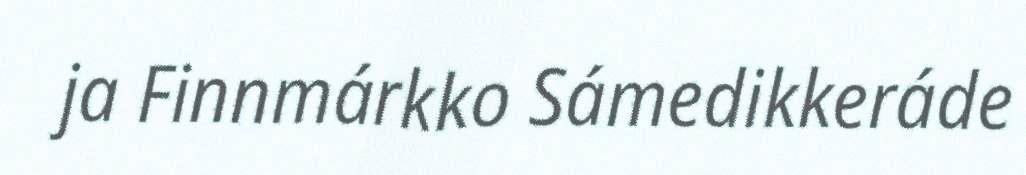
ja Finnmárkko Sámedikkeráde